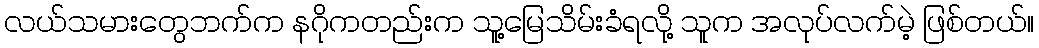
လယ်သမားတွေဘက်က နဂိုကတည်းက သူ့မြေသိမ်းခံရလို့ သူက အလုပ်လက်မဲ့ ဖြစ်တယ်။